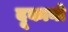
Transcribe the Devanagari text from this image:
दूकानो